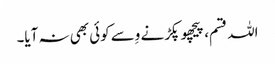
اللہ قسم، پیچھو پکڑنے وِسے کوئی بھی نہ آیا۔